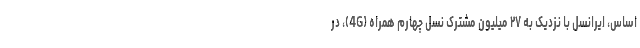
اساس، ایرانسل با نزدیک به ۲۷ میلیون مشترک نسل چهارم همراه (4G)، در